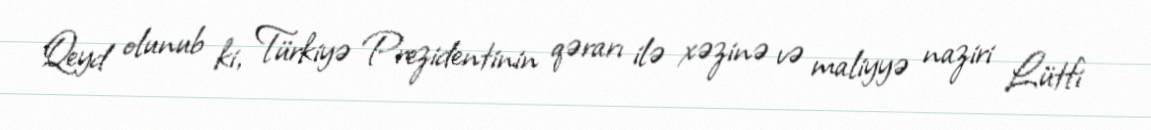
Qeyd olunub ki, Türkiyə Prezidentinin qərarı ilə xəzinə və maliyyə naziri Lütfi